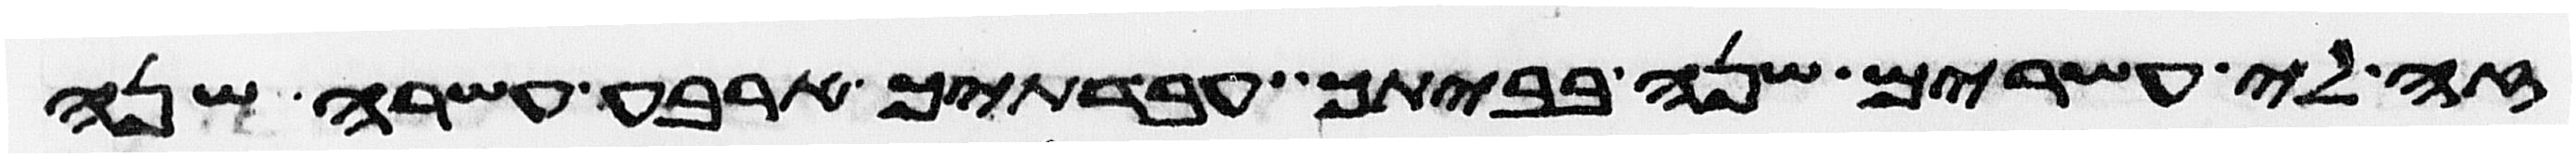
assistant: זה לי עשרים שנה בביתך עבדתיך ארבע עשרה שנה